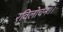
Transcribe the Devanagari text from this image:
रविलोचनः।।